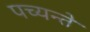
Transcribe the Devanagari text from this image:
पच्यन्ते